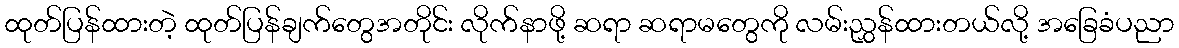
ထုတ်ပြန်ထားတဲ့ ထုတ်ပြန်ချက်တွေအတိုင်း လိုက်နာဖို့ ဆရာ ဆရာမတွေကို လမ်းညွှန်ထားတယ်လို့ အခြေခံပညာ